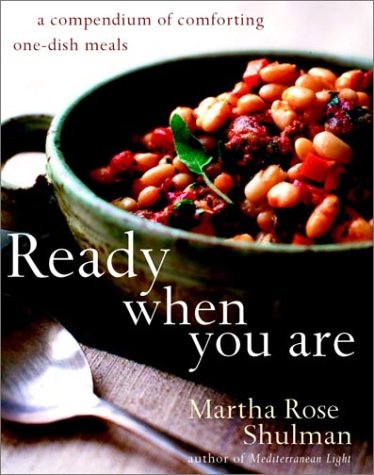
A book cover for Ready When You Are: A Compendium of Comforting One-Dish Meals; Martha Rose Shulman; Cookbooks, Food & Wine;